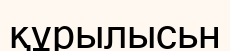
құрылысьн